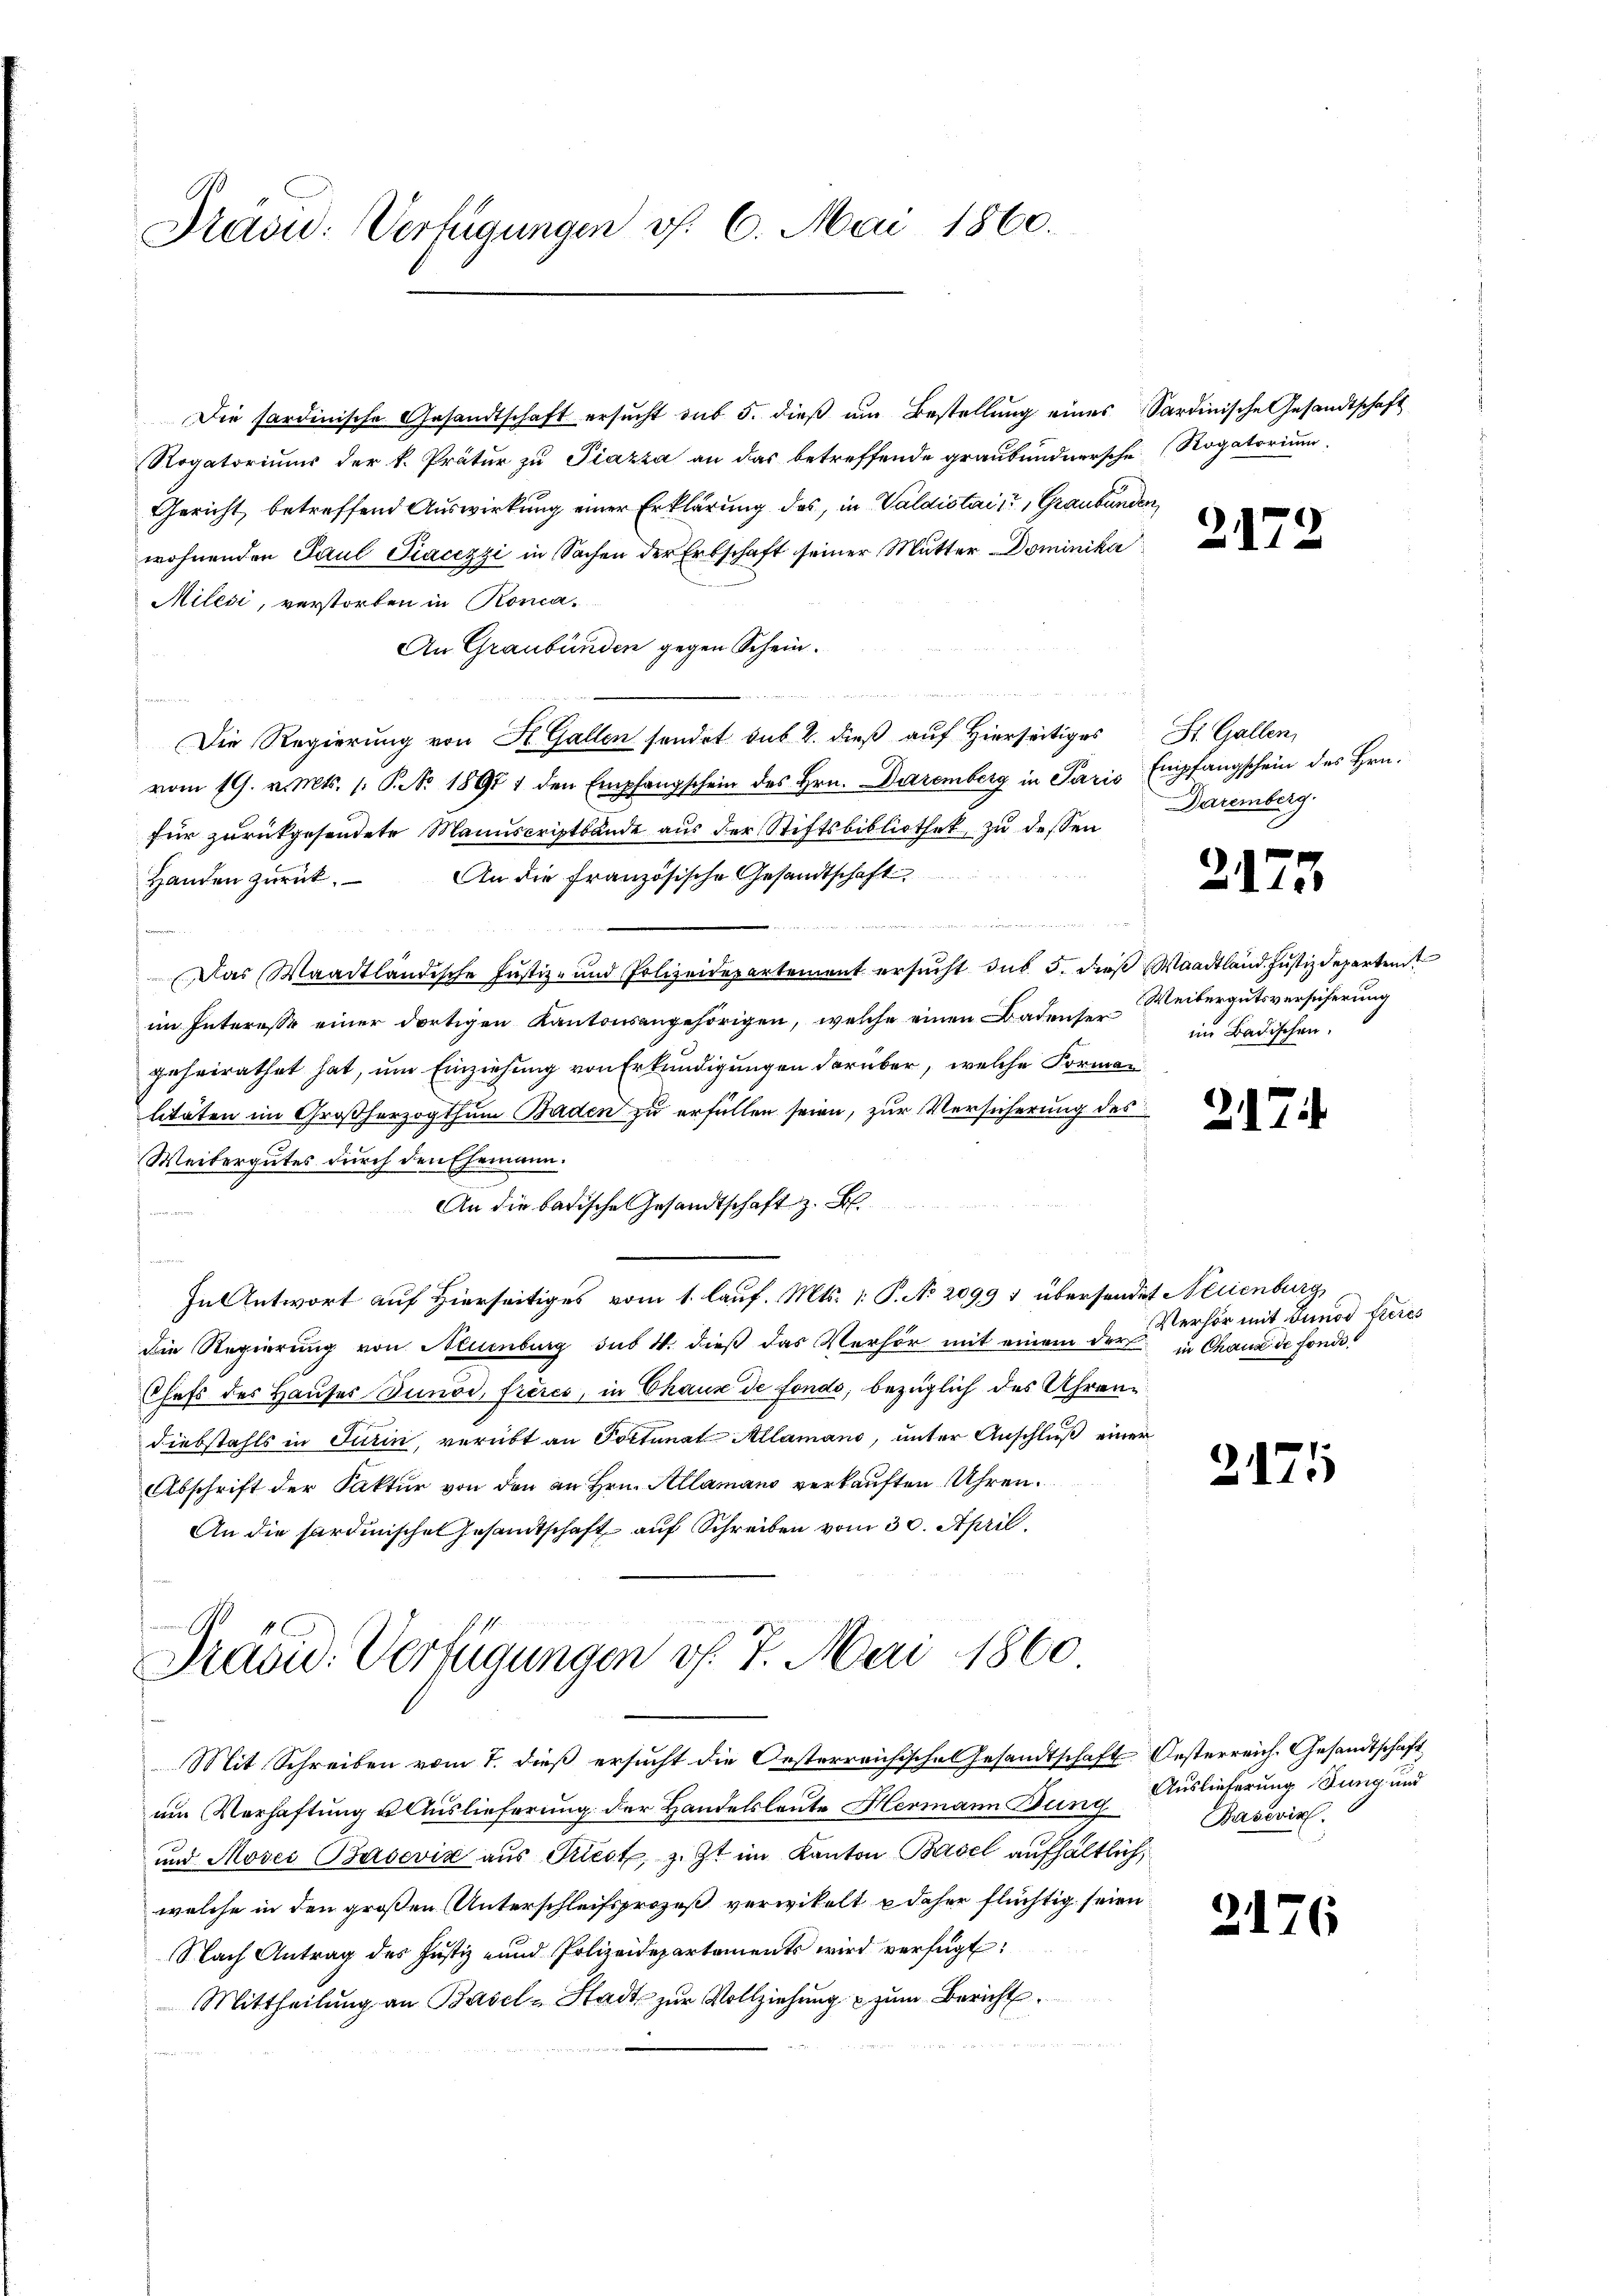
Präsid: Verfügungen v. 6. Mai 1860.

Die sardinische Gesandtschaft ersucht sub 5. dieß um Bestellung eines Sardinische Gesandtschaft
Rogatoriums der k. Prätur zu Piazza an das betreffende graubündnersche Rogatorium
Gericht, betreffend Auswirkung einer Erklärung des, in Valdistait, Graubünden,
wohnenden Paul Piacezzi in Sachen der Erbschaft seiner Mutter Dominika
Milesi, verstorben in Roma¬
An Graubünden gegen Schein.
e
e
Die Regierung von St. Gallen sendet sub 2. dieß auf Hierseitiges St. Gallen,
vom 19. v. Mts. 1. P. Nr. 1891 1 den Empfangschein des Hrn. Dezemberg in Paris Empfangschein des Hrn.
für zurückgesendete Manuscriptbände aus der Stiftsbibliothek zu dessen
Handen zŭrück. An die französische Gesandtschaft
Das Waadtländische Justiz- und Polizeidepartement ersŭcht das 5. dieß (Waadtländ. Justizdeparten
im Interesse einer dortigen Kantonsangehörigen, welche einen Badenser
geheirathet hat, um Einziehung von Erkundigungen darüber, welche Forman
litäten im Großherzogthum Baden zu erfüllen seien, zur Versicherung des
Weibergutes durch den Ehemann.
An die badische Gesandtschaft z. B.
 v
In Antwort auf Hierseitiges vom 1. lauf. Mts. 1. P. No 20991 übersendet Neuenburg,
die Regierung von Neuenburg sub 4. dieß das Verhör mit einem der in Chaux de fonde¬
Chefs des Hauses Sunod, frères, in Chaus de fondo, bezüglich des Uhrendiebstahls in Turin, verübt an Portunat Allamano, unter Anschluß einer
Abschrift der Saktur von den an Hrn. Allamans verkauften Uhren.
An die Sardinische Gesamtschaft auf Schreiben vom 30. April.

Präsid. Verfügungen v. 7. Mai 1860
Mit Schreiben vom 7. dieß ersucht die Oesterreichische Gesandtschaft Oesterreich. Gesandtschaft,

um Verhaftung u. Auslieferung der Handelsleute Hermann Dung Auslieferung Jung und
und Moses Basević aus Kiest, sitzt im Kanton Basel aufhältlich,
welche in den großen Unterschleifsprozeß verwickelt u daher flüchtig seien
Nach Antrag des Justiz- und Polizeidepartaments wird verfügt:
Mittheilŭng an Basel-Stadt zur Vollziehung u zŭm Bericht

2172

Daremberg.

2175

Weibergutsversicherung
im Badischen.

2174

Verhör mit Junos fieres

2171

2176

Pasevin.